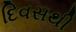
દિવસથી